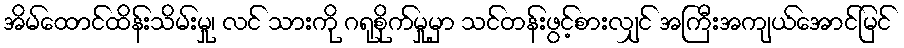
အိမ်ထောင်ထိန်းသိမ်းမှု၊ လင် သားကို ဂရုစိုက်မှုမှာ သင်တန်းဖွင့်စားလျှင် အကြီးအကျယ်အောင်မြင်